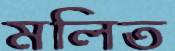
মলিত